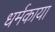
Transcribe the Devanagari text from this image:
धर्मकाया